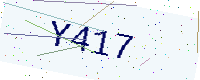
Text: Y417